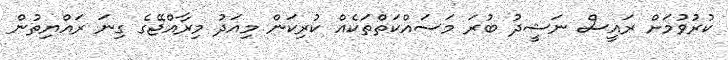
ކުރުވުމަށް ރައީސް ނަޝީދު ބުރަ މަސައްކަތްތަކެއް ކުރިކަން މިއަދު މިރާއްޖޭގެ ގިނަ ރައްޔިތުން